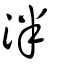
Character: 泮